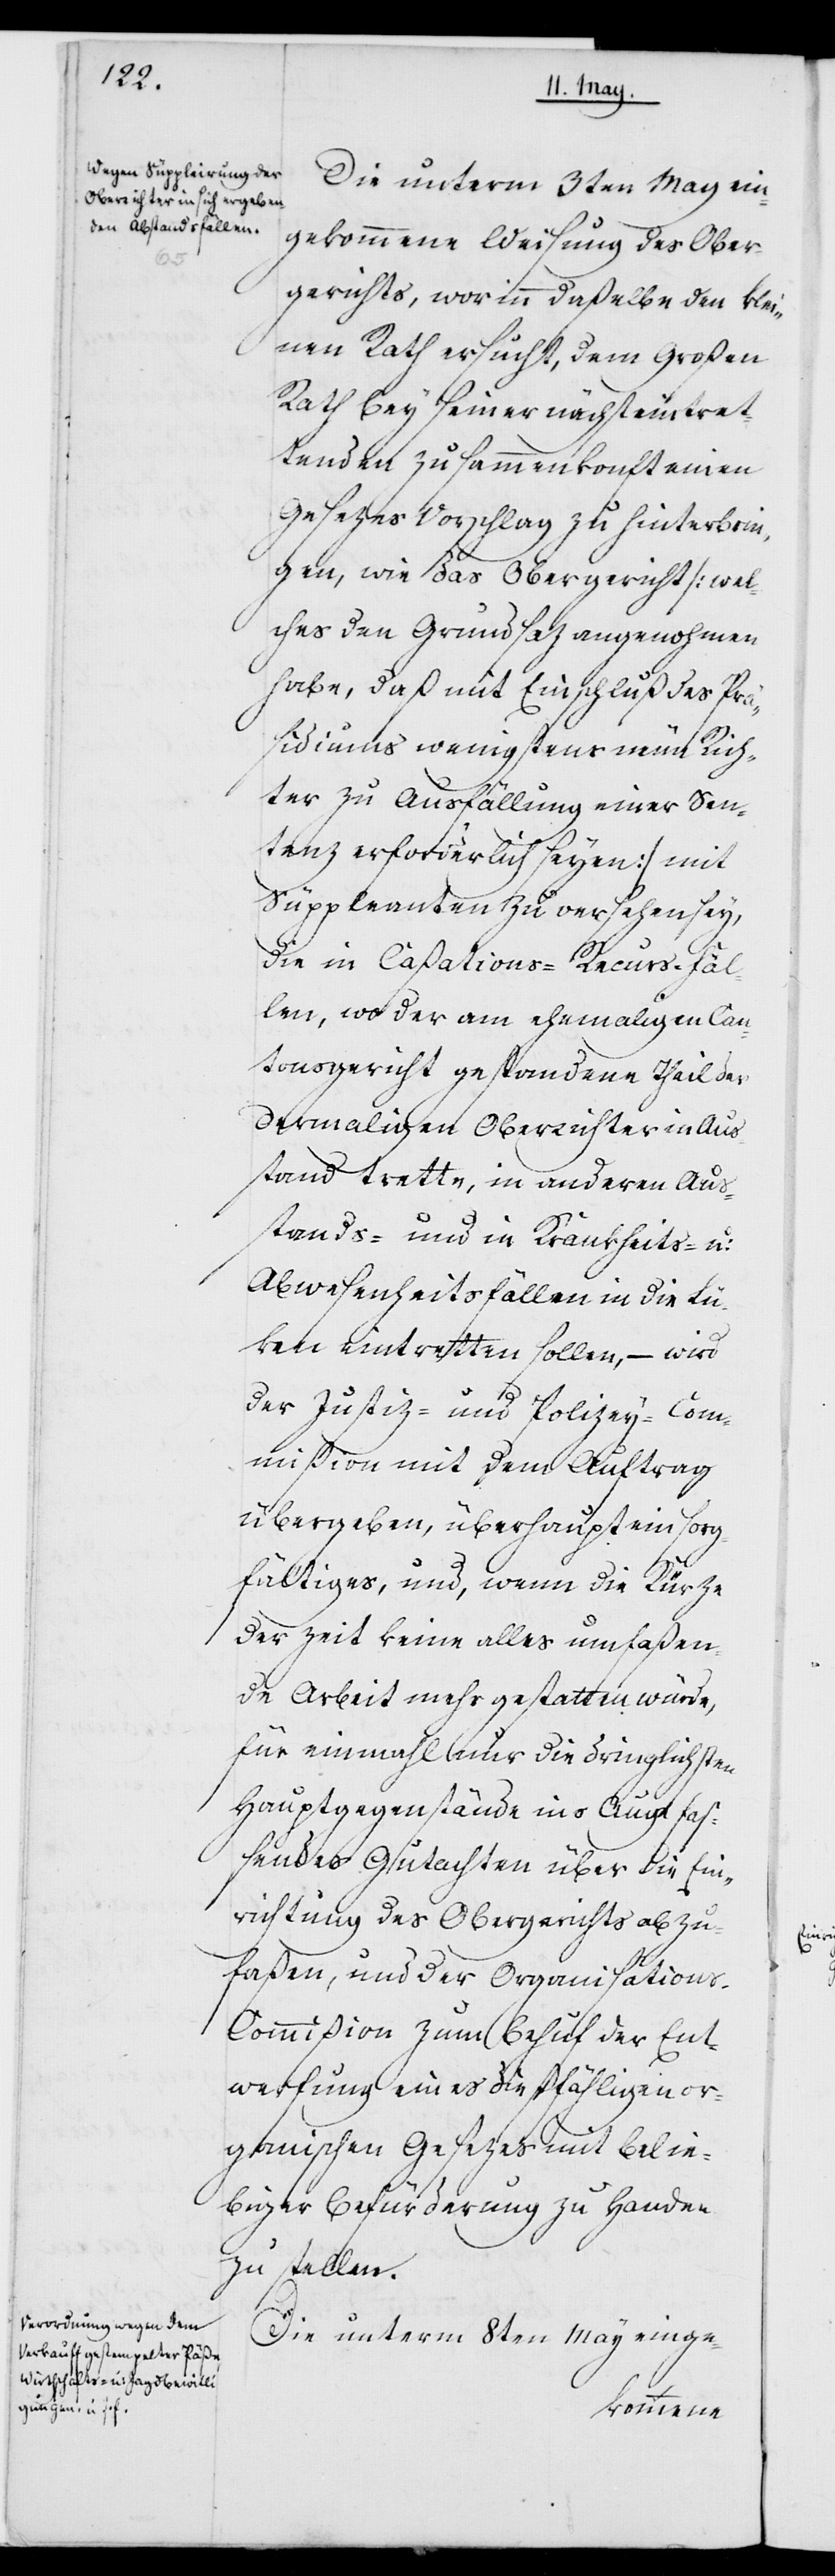
Die unterm 3ten May ein¬
gekommene Weisung des Ober¬
gerichts, worinn daßelbe den klei¬
nen Rath ersucht, dem Großen
Rath bey seiner nächst eintret¬
tenden Zusammenkonft einen
Gesezes Vorschlag zu hinterbrin¬
gen, wie das Obergericht (wel¬
ches den Grundsaz angenohmen
habe, daß mit Einschluß des Präsi¬
diums wenigstens neun Rich¬
ter zu Ausfällung einer Sen¬
tenz erforderlich seyen), mit
Suppleanten zu versehen sey,
die in Caßations-Recurs-Fäl¬
len, wo der am ehemaligen Can¬
tonsgericht gestandene Theil der
dermaligen Oberrichter in Aus¬
stand trette, in anderen Aus¬
stands- und in Krankheits- u:
Abwesenheitsfällen in die Lü¬
ken eintretten sollen, – wird
der Justiz- und Polizey-Com¬
mißion mit dem Auftrag
übergeben, überhaupt ein sorg¬
fältiges und, wenn die Kürze
der Zeit keine alles umfaßen¬
de Arbeit mehr gestatten würde,
für einmahl nur die dringlichsten
Hauptgegenstände ins Auge faß¬
endes Gutachten über die Ein¬
richtung des Obergerichts abzu¬
faßen, und der Organisation¬
s-Commißion zum Behuf der Ent¬
werfung eines dießfälligen or¬
ganischen Gesetzes mit belie¬
biger Befürderung zu Handen
zu stellen.
Die unterm 8ten May einge-